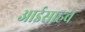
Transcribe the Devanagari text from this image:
आईसाहब